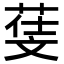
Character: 𣁙